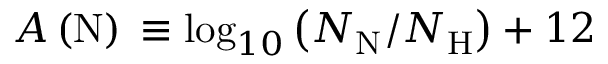
A \left( \mathrm { N } \right) { } \equiv \log _ { 1 0 } \left( N _ { \mathrm { N } } / N _ { \mathrm { H } } \right) + 1 2